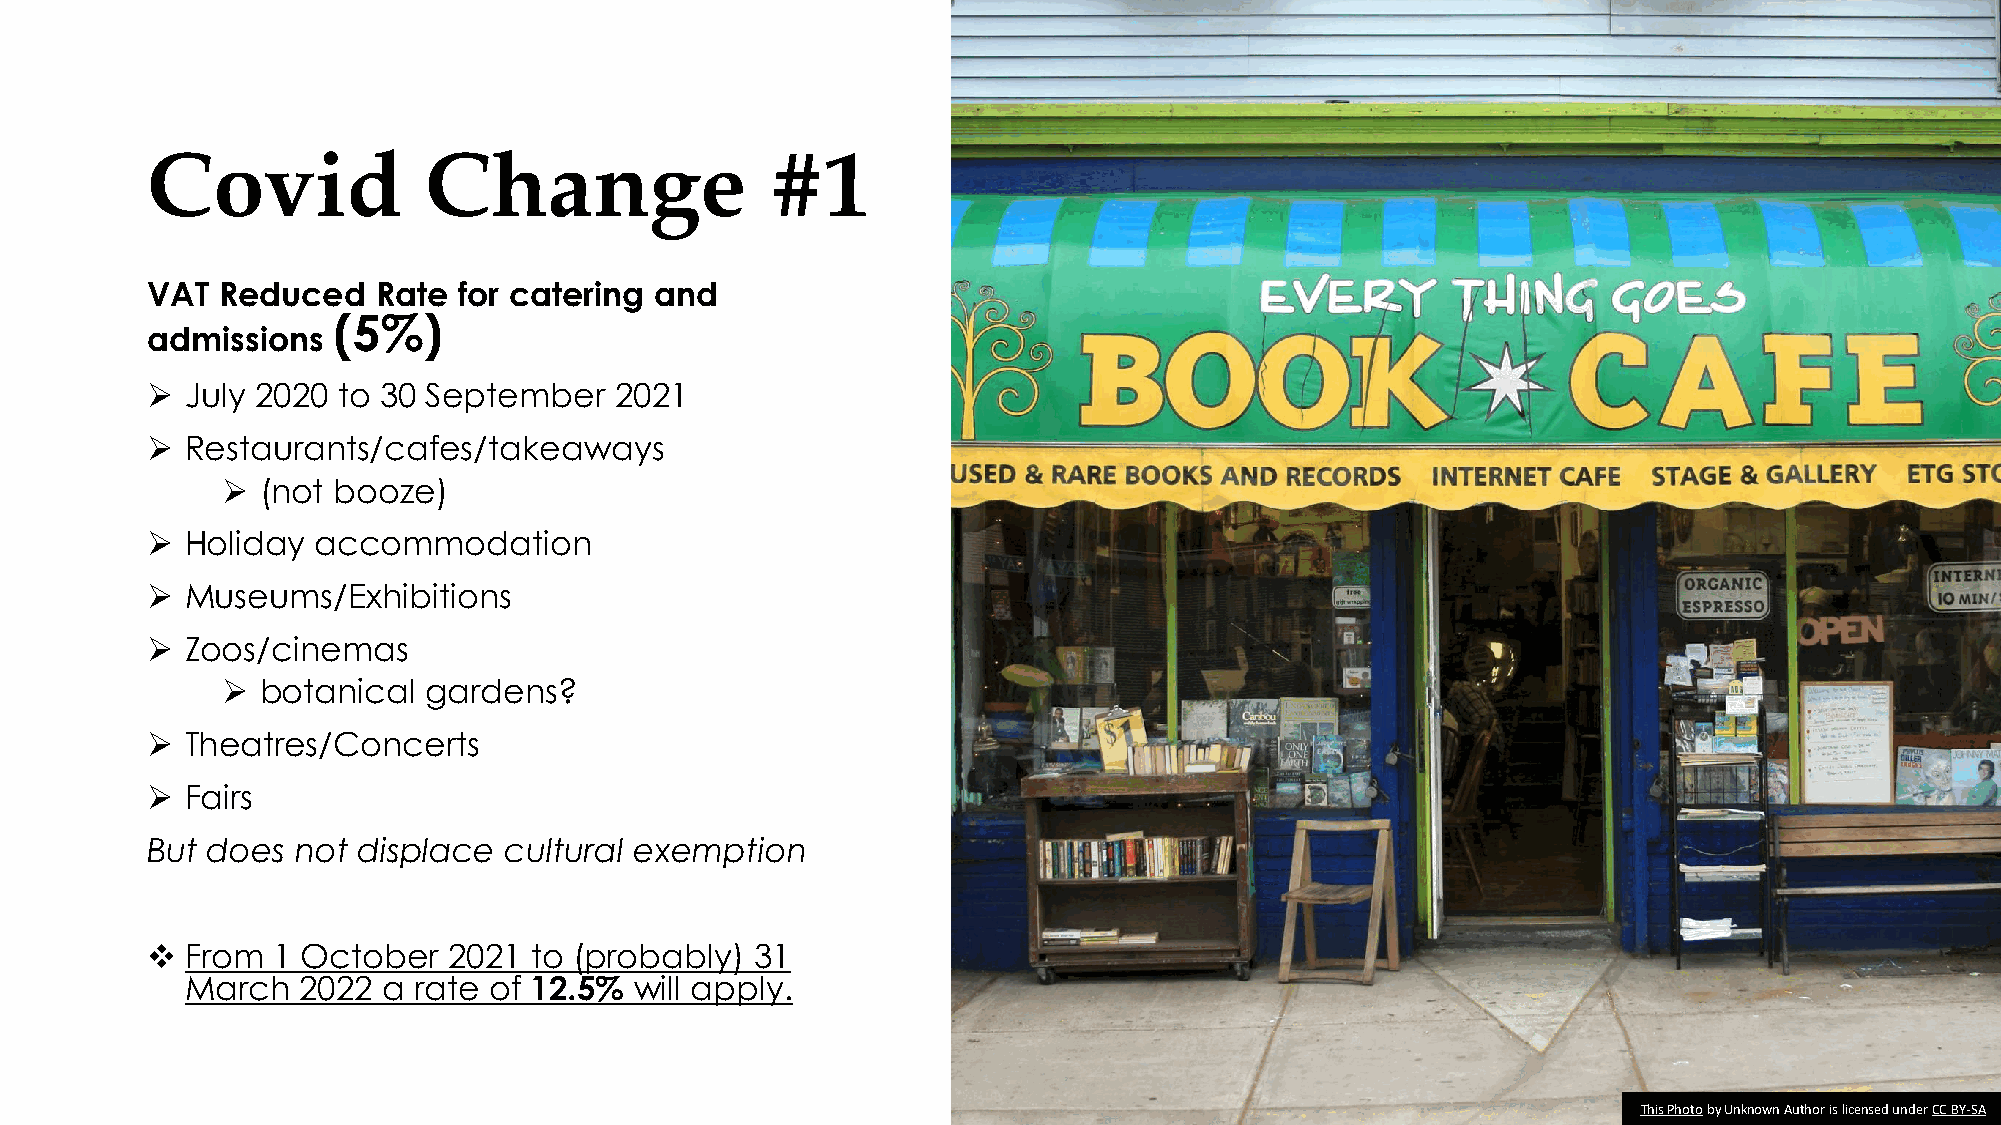
Covid             Change                 #1
 VAT Reduced    Rate for catering and
 (5%)
 admissions
 ➢ July 2020 to 30 September    2021
 ➢ Restaurants/cafes/takeaways
 ➢ (not booze)
 ➢ Holiday  accommodation
 ➢ Museums/Exhibitions
 ➢ Zoos/cinemas
 ➢ botanical  gardens?
 ➢ Theatres/Concerts
 ➢ Fairs
 But does  not displace cultural exemption
 ❖ From  1 October   2021 to (probably)  31
 March   2022 a rate of 12.5%  will apply.
 This Photoby Unknown Author is licensed under CC BY-SA